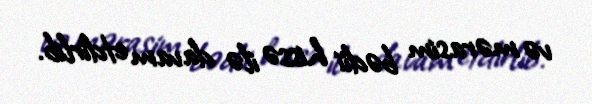
və mərasim bədii hissə ilə davam etdirlib.